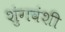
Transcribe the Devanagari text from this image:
शुंगवंशी